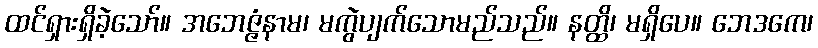
ထင်ရှားရှိခဲ့သော်။ အဘေဇ္ဇံနာမ၊ မကွဲပျက်သောမည်သည်။ နတ္ထိ၊ မရှိပေ။ ဘေဒကေ၊